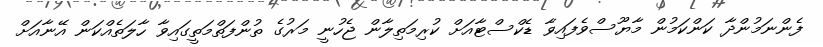
ފެންނަމުންދާ ކަންކަމުން މާޔޫސްވެފައިވާ ޑެކްސްޓާއަށް ކުރިމަތިލާން ޖެހުނީ މަރުގެ ތުންފަތްމަތީގައިވާ ހާލަތެއްކަން އޭނާއަށް